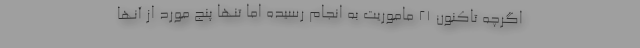
اگرچه تاکنون ۲۱ ماموریت به انجام رسیده اما تنها پنج مورد از آنها